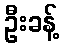
ဦးခန့်